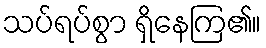
သပ်ရပ်စွာ ရှိနေကြ၏။